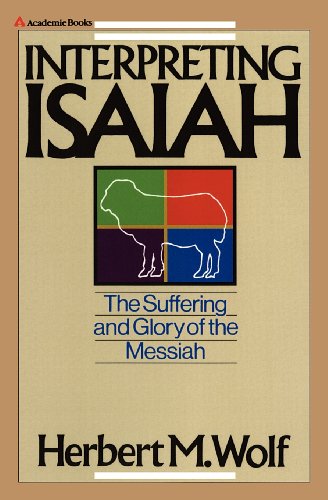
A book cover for Interpreting Isaiah; Herbert  M. Wolf; Christian Books & Bibles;